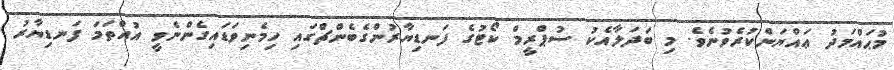
މުޙައްމަދު ޢައްޔަންކުރެވުނެވެ. މި ބަދަލާއެކު ސުޕްރީމް ކޯޓުގެ ފަނޑިޔާރުންގެބެންޗްގައި ހިމެނިވަޑައިގެންނެވީ އުއްތަމަ ފަނޑިޔާރު